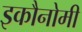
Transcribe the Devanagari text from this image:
इकौनोमी